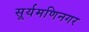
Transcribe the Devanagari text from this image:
सूर्यमणिनगर